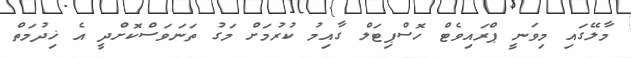
މާލޭގައި މިވަނީ ޕްރައިވެޓް ހޮސްޕިޓަލް ގާއިމު ކުރުމަށް މަގު ތަނަވަސްކޮށްދީ އެ ޚިދުމަތް